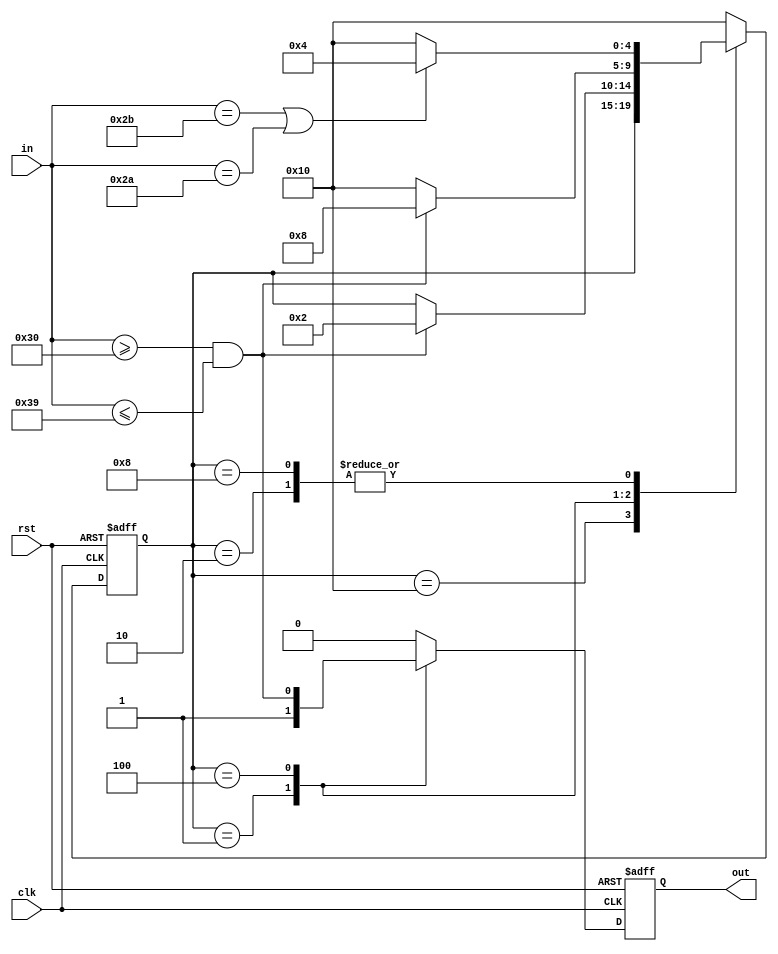
`timescale 1ns / 1ps
`define state0 5'b00001
`define state1 5'b00010
`define state2 5'b00100
`define state3 5'b01000
`define state4 5'b10000
//////////////////////////////////////////////////////////////////////////////////
// Company: 
// Engineer: 
// 
// Design Name: 
// Module Name:    stringpro 
// Project Name: 
// Target Devices: 
// Tool versions: 
// Description: 
//
// Dependencies: 
//
// Revision: 
// Revision 0.01 - File Created
// Additional Comments: 
//
//////////////////////////////////////////////////////////////////////////////////
module stringpro(
    input [7:0] in,
    input clk,
	 input rst,
    output out
    );
	 reg out2 = 0;
	 assign out = out2; 
	 reg[4:0] state = `state0;
	 always@(posedge clk,posedge rst)begin
		if(rst)begin
			state<=`state0;
			out2<=0;
		end
		else begin
		case(state)
		`state4:begin
			
			out2<=0;
		end
		`state0:begin
			if(in>="0"&&in<="9") 
				state<=`state1;
			out2<=1;
		end
		`state1:begin
			if(in=="+"||in=="*") 
				state<=`state2;
			else
				state<=`state4;
			out2<=0;
		end
		`state2:begin
			if(in>="0"&&in<="9")
				state<= `state3;
			else 
				state <=`state4;
			out2<=(in>="0"&&in<="9");
		end
		`state3:begin
			if(in=="*"||in=="+")
				state<=`state2;
			else 
				state<=`state4;
			out2<=0;
		end
		default: begin
			out2<=0;
			state <= `state4;
		end
		endcase
		end
	end
endmodule